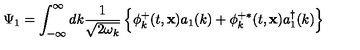
\Psi _ { 1 } = \int _ { - \infty } ^ { \infty } d k \frac { 1 } { \sqrt { 2 \omega _ { k } } } \left\{ \phi _ { k } ^ { + } ( t , { \bf x } ) a _ { 1 } ( k ) + \phi _ { k } ^ { + \ast } ( t , { \bf x } ) a _ { 1 } ^ { \dagger } ( k ) \right\}